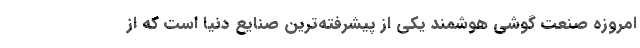
امروزه صنعت گوشی هوشمند یکی از پیشرفته‌ترین صنایع دنیا است که از